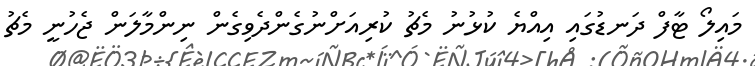
މައިލޯ ޓާފް ދަނޑުގައި އިއްޔެ ކުޅުނު މެޗު ކުރިއަށްނުގެންދެވިގެން ނިންމާލަން ޖެހުނީ މެޗު